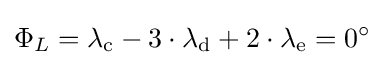
\Phi _{L}=\lambda _{\rm {c}}-3\cdot \lambda _{\rm {d}}+2\cdot \lambda _{\rm {e}}=0^{\circ }